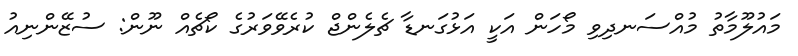
މައުލޫމާތު މުއްސަނދިވި މޯހަން އަކީ އަޅުގަނޑާ ޗެލެންޖް ކުރެވޭވަރުގެ ކޯޗެއް ނޫން: ސުޒޭންނިއު